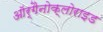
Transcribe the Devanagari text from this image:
ऑर्गैनोक्लोराइड